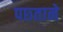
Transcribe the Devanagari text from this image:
पछ्ताने